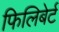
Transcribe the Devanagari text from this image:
फिलिबेर्ट